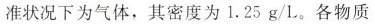
准状况下为气体，其密度为1.25g/L。各物质